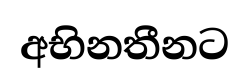
අභිනතීනට